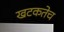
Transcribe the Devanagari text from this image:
खटकतेच